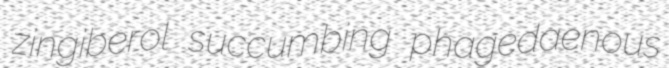
zingiberol succumbing phagedaenous